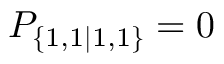
P _ { \{ 1 , 1 | 1 , 1 \} } = 0